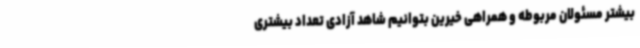
بیشتر مسئولان مربوطه و همراهی خیرین بتوانیم شاهد آزادی تعداد بیشتری